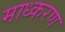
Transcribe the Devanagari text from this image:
माध्करण